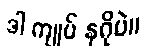
ဒါ ကျုပ် နဂိုပဲ။